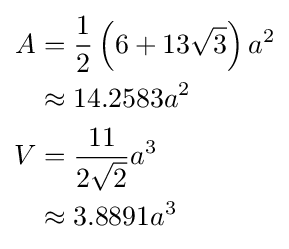
{\begin{aligned}A&={\frac {1}{2}}\left(6+13{\sqrt {3}}\right)a^{2}\\&\approx 14.2583a^{2}\\V&={\frac {11}{2{\sqrt {2}}}}a^{3}\\&\approx 3.8891a^{3}\end{aligned}}